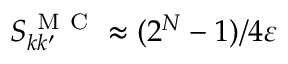
S _ { k k ^ { \prime } } ^ { \mathrm { ~ M ~ C ~ } } \approx ( 2 ^ { N } - 1 ) / 4 \varepsilon